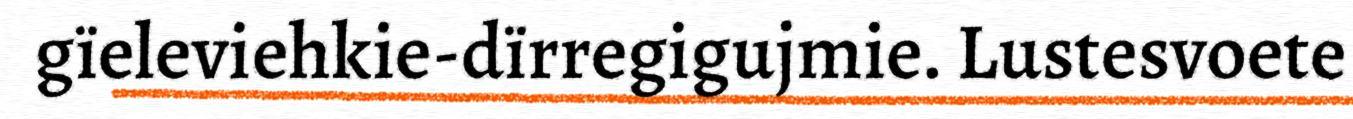
gïeleviehkie-dïrregigujmie. Lustesvoete